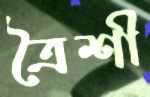
ত্রৈশী